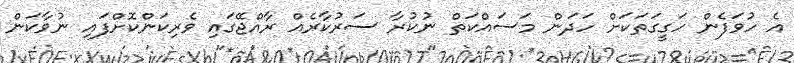
އެ ހުވަފެން ހަގީގަތަކަށް ހަދަން މަސައްކަތް ނުކުރާ ސަރުކާރެއް ރާއްޖޭގައި ވެރިކަންކޮށްފައި ނުވާކަން